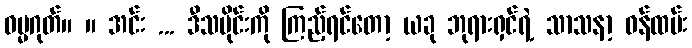
ဓမ္မဂုတ်။ ။ အင်း ... ဒီသမိုင်းကို ကြည့်ရင်တော့ ယခု ဘုရားရှင်ရဲ့ သာသနာ့ ဝန်ထမ်း